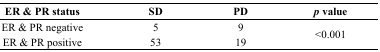
<table><thead><tr><td><b>ER &amp; PR status</b></td><td><b>SD</b></td><td><b>PD</b></td><td><b><i>p</i> value</b></td></tr></thead><tbody><tr><td>ER &amp; PR negative</td><td>5</td><td>9</td><td rowspan="2">&lt;0.001</td></tr><tr><td>ER &amp; PR positive</td><td>53</td><td>19</td></tr></tbody></table>